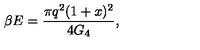
\beta E = \frac { \pi q ^ { 2 } ( 1 + x ) ^ { 2 } } { 4 G _ { 4 } } ,